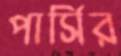
পার্সির